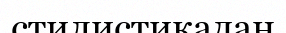
стилистикадан